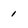
Character: 1